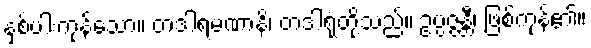
နှစ်ပါးကုန်သော။ တဒါရမဏာနိ၊ တဒါရုံတို့သည်။ ဥပ္ပဇ္ဇန္တီ၊ ဖြစ်ကုန်၏။